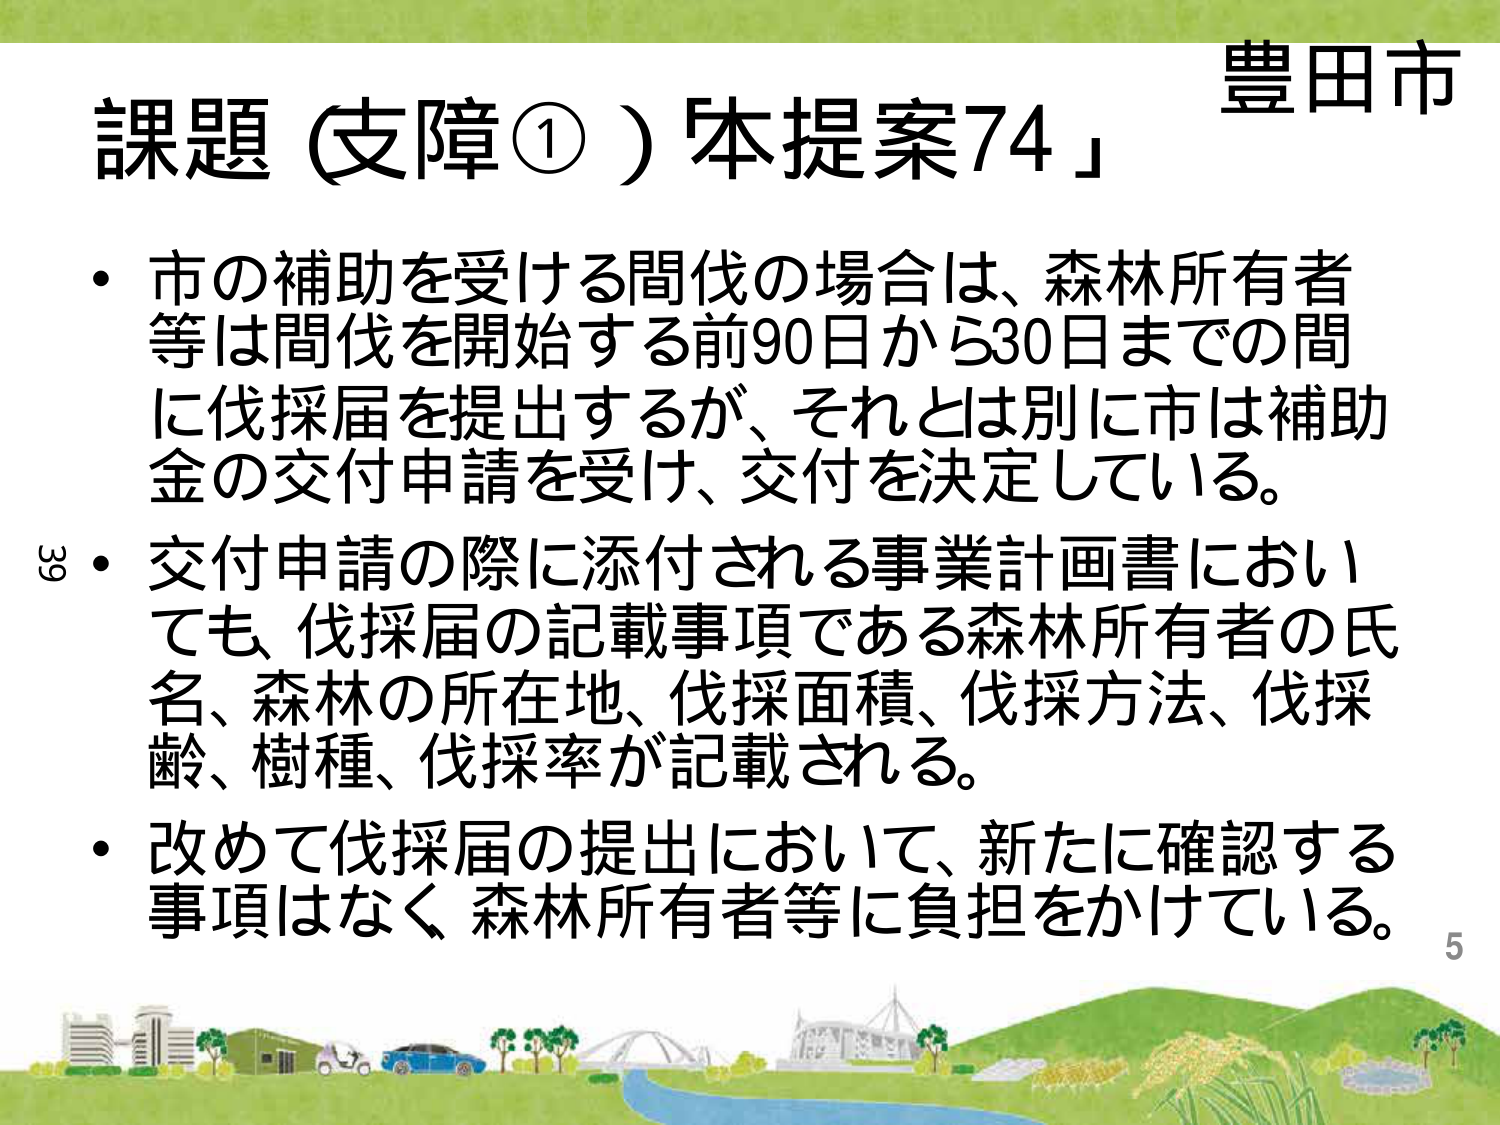
豊田市
課題（支障①）「本提案74」
・市の補助を受ける間伐の場合は、森林所有者等は間伐を開始する前90日から30日までの間に伐採届を提出するが、それとは別に市は補助金の交付申請を受け、交付を決定している。
・交付申請の際に添付される事業計画書においても、伐採届の記載事項である森林所有者の氏名、森林の所在地、伐採面積、伐採方法、伐採齢、樹種、伐採率が記載される。
・改めて伐採届の提出において、新たに確認する事項はなく、森林所有者等に負担をかけている。
5
39